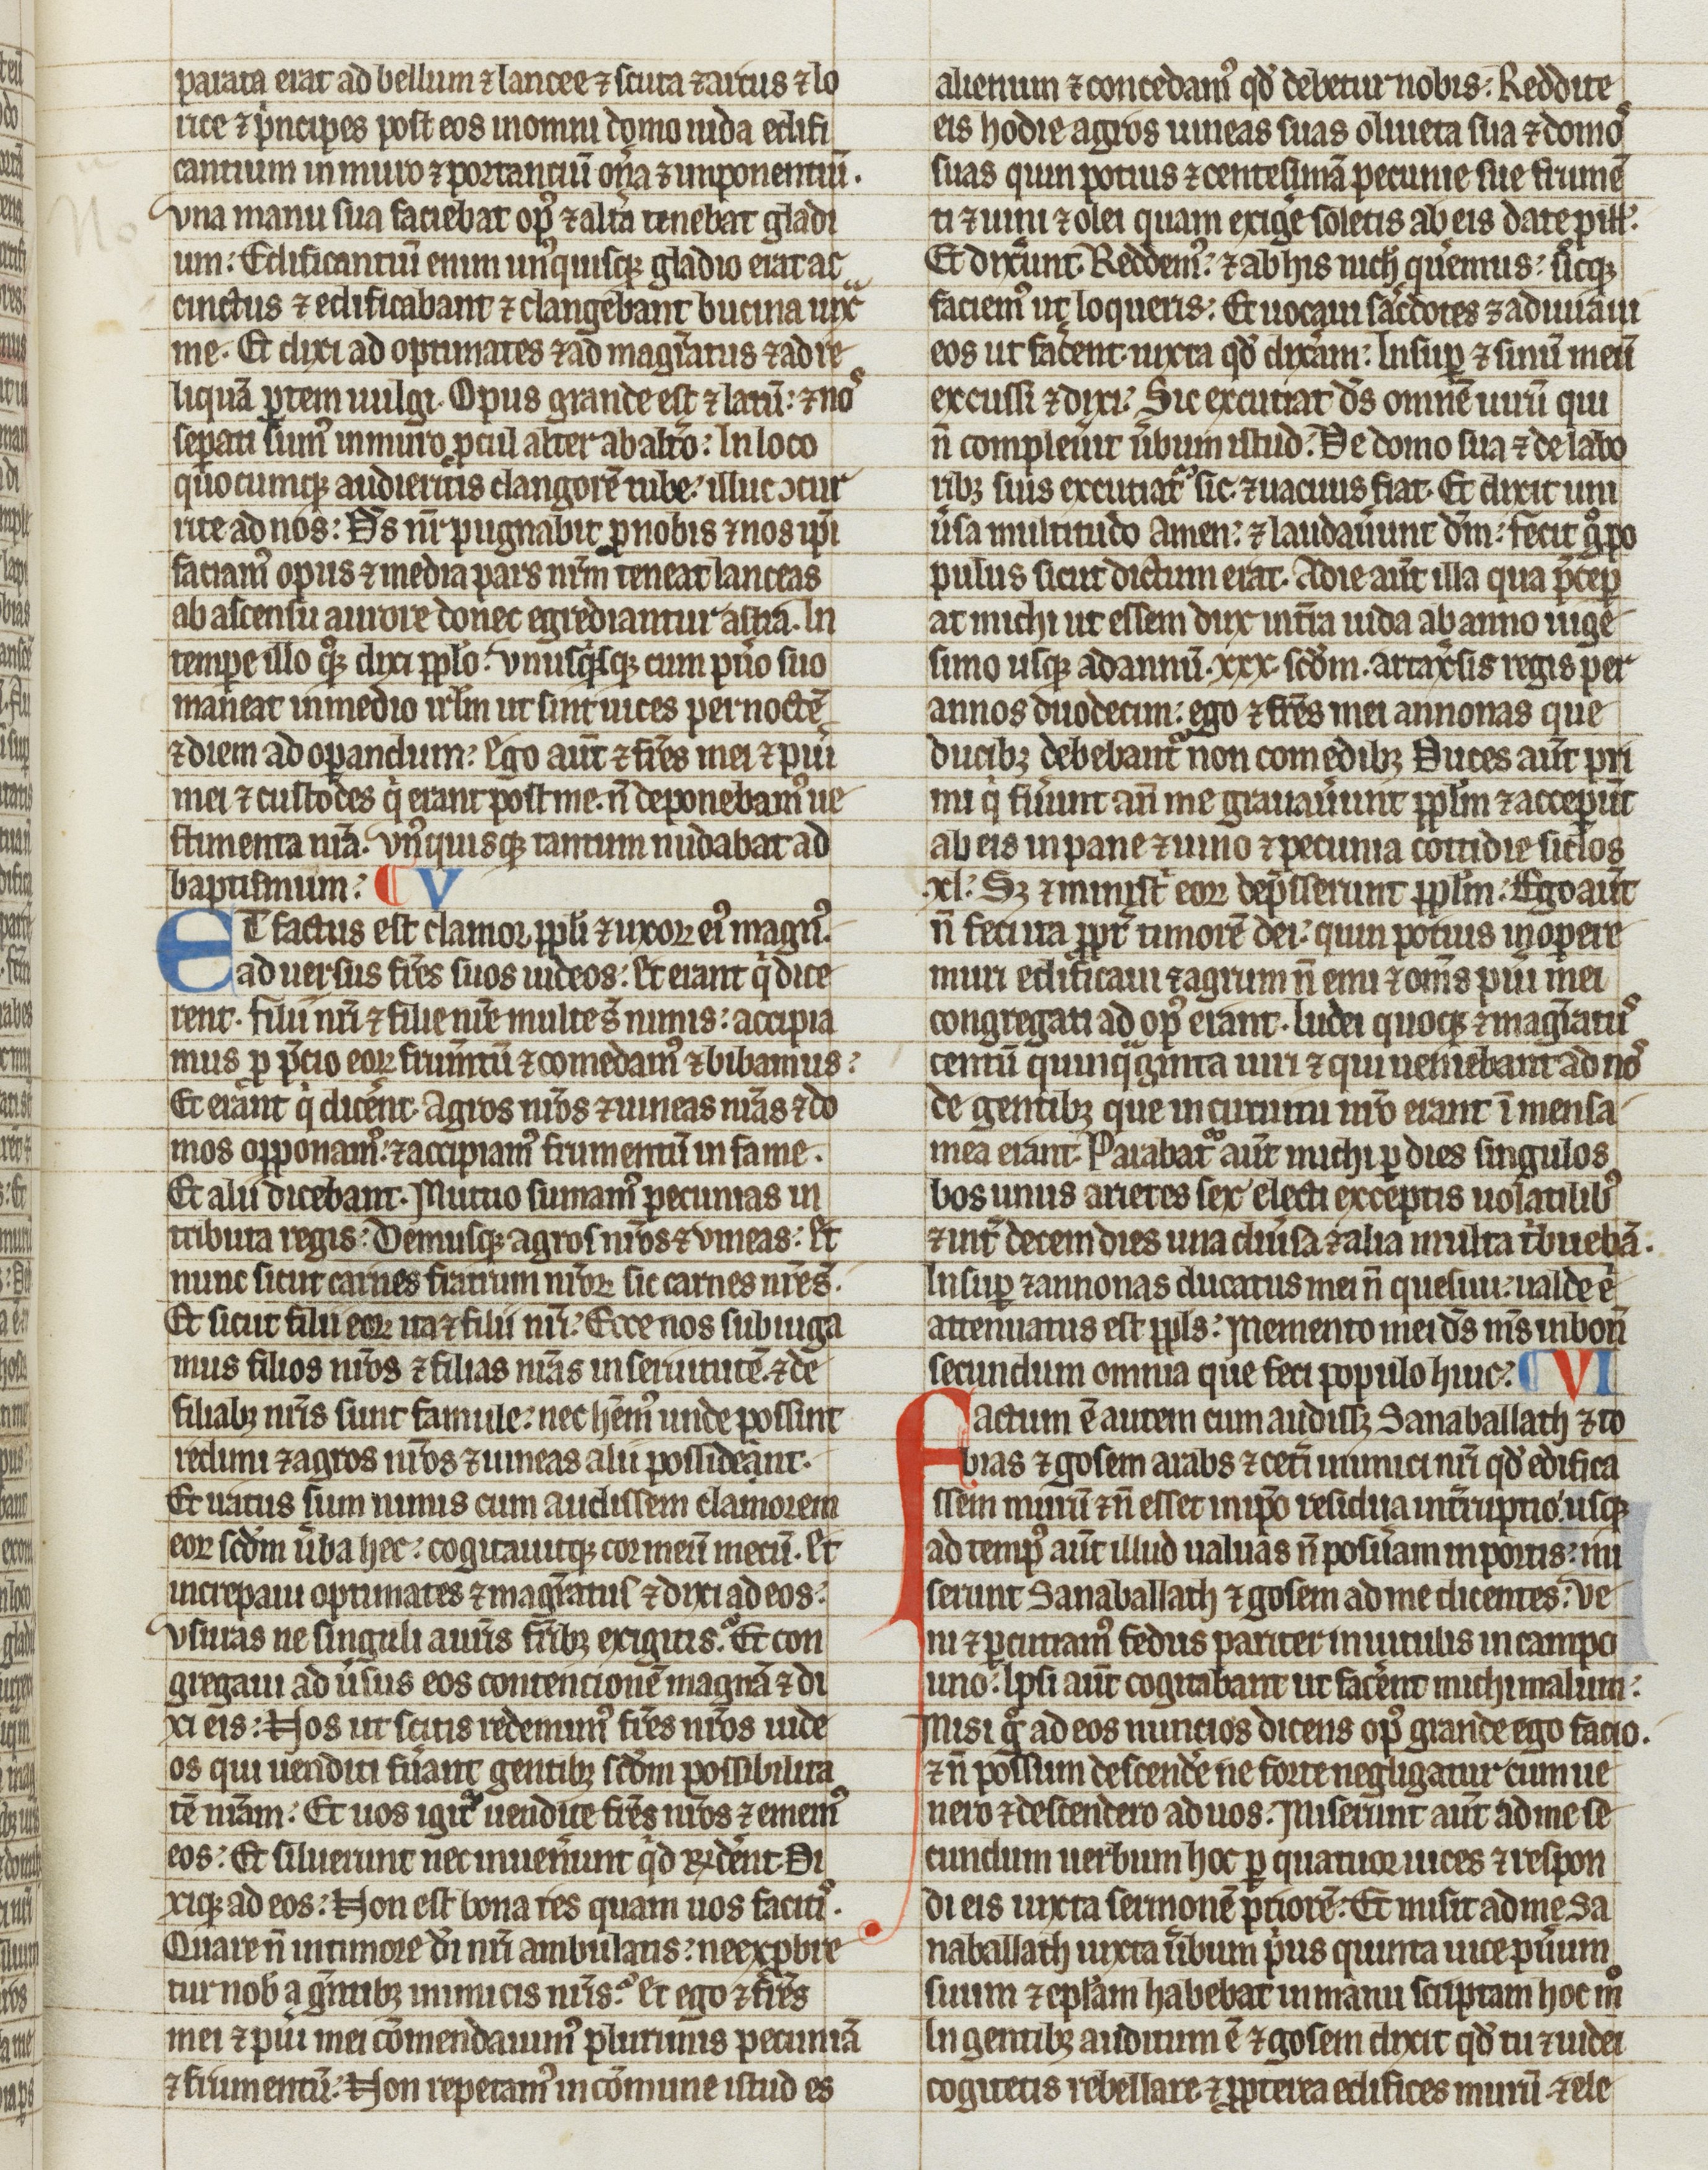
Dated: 1275–1299